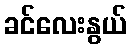
ခင်လေးနွယ်